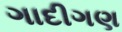
ગાદીગણ